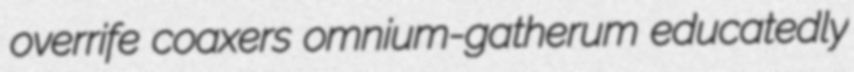
overrife coaxers omnium-gatherum educatedly